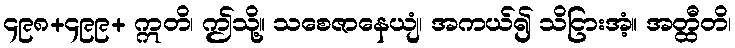
၄၉၈+၄၉၉+ ဣတိ၊ ဤသို့။ သစေဇာနေယျံ၊ အကယ်၍ သိငြားအံ့။ အတ္ထီတိ၊